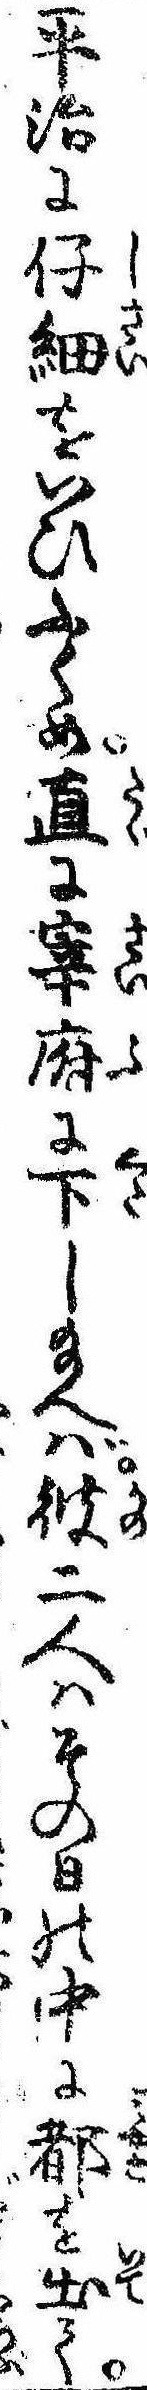
平治に仔細をいひふくめ直に宰府に下し給へば彼二人はその日の中に都を出て